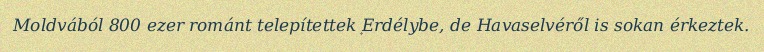
Moldvából 800 ezer románt telepítettek Erdélybe, de Havaselvéről is sokan érkeztek.